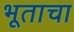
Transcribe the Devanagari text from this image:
भूताचा